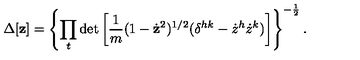
\Delta [ { \bf z } ] = \left\{ \prod _ { t } \det \left[ { \frac { 1 } { m } } ( 1 - \dot { \bf z } ^ { 2 } ) ^ { 1 / 2 } ( \delta ^ { h k } - { \dot { z } } ^ { h } { \dot { z } } ^ { k } ) \right] \right\} ^ { - \frac { 1 } { 2 } } .